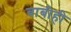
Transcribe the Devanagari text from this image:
बाबीही